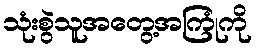
သုံးစွဲသူအတွေ့အကြုံကို